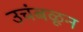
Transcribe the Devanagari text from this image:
उचंबळून